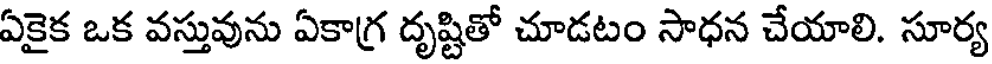
ఏకైక ఒక వస్తువును ఏకాగ్ర దృష్టితో చూడటం సాధన చేయాలి. సూర్య